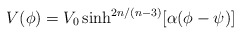
\begin{align*}V(\phi)=V_0 \sinh^{2n/(n-3)}[\alpha(\phi -\psi)]\end{align*}